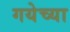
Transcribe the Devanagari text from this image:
गयेच्या